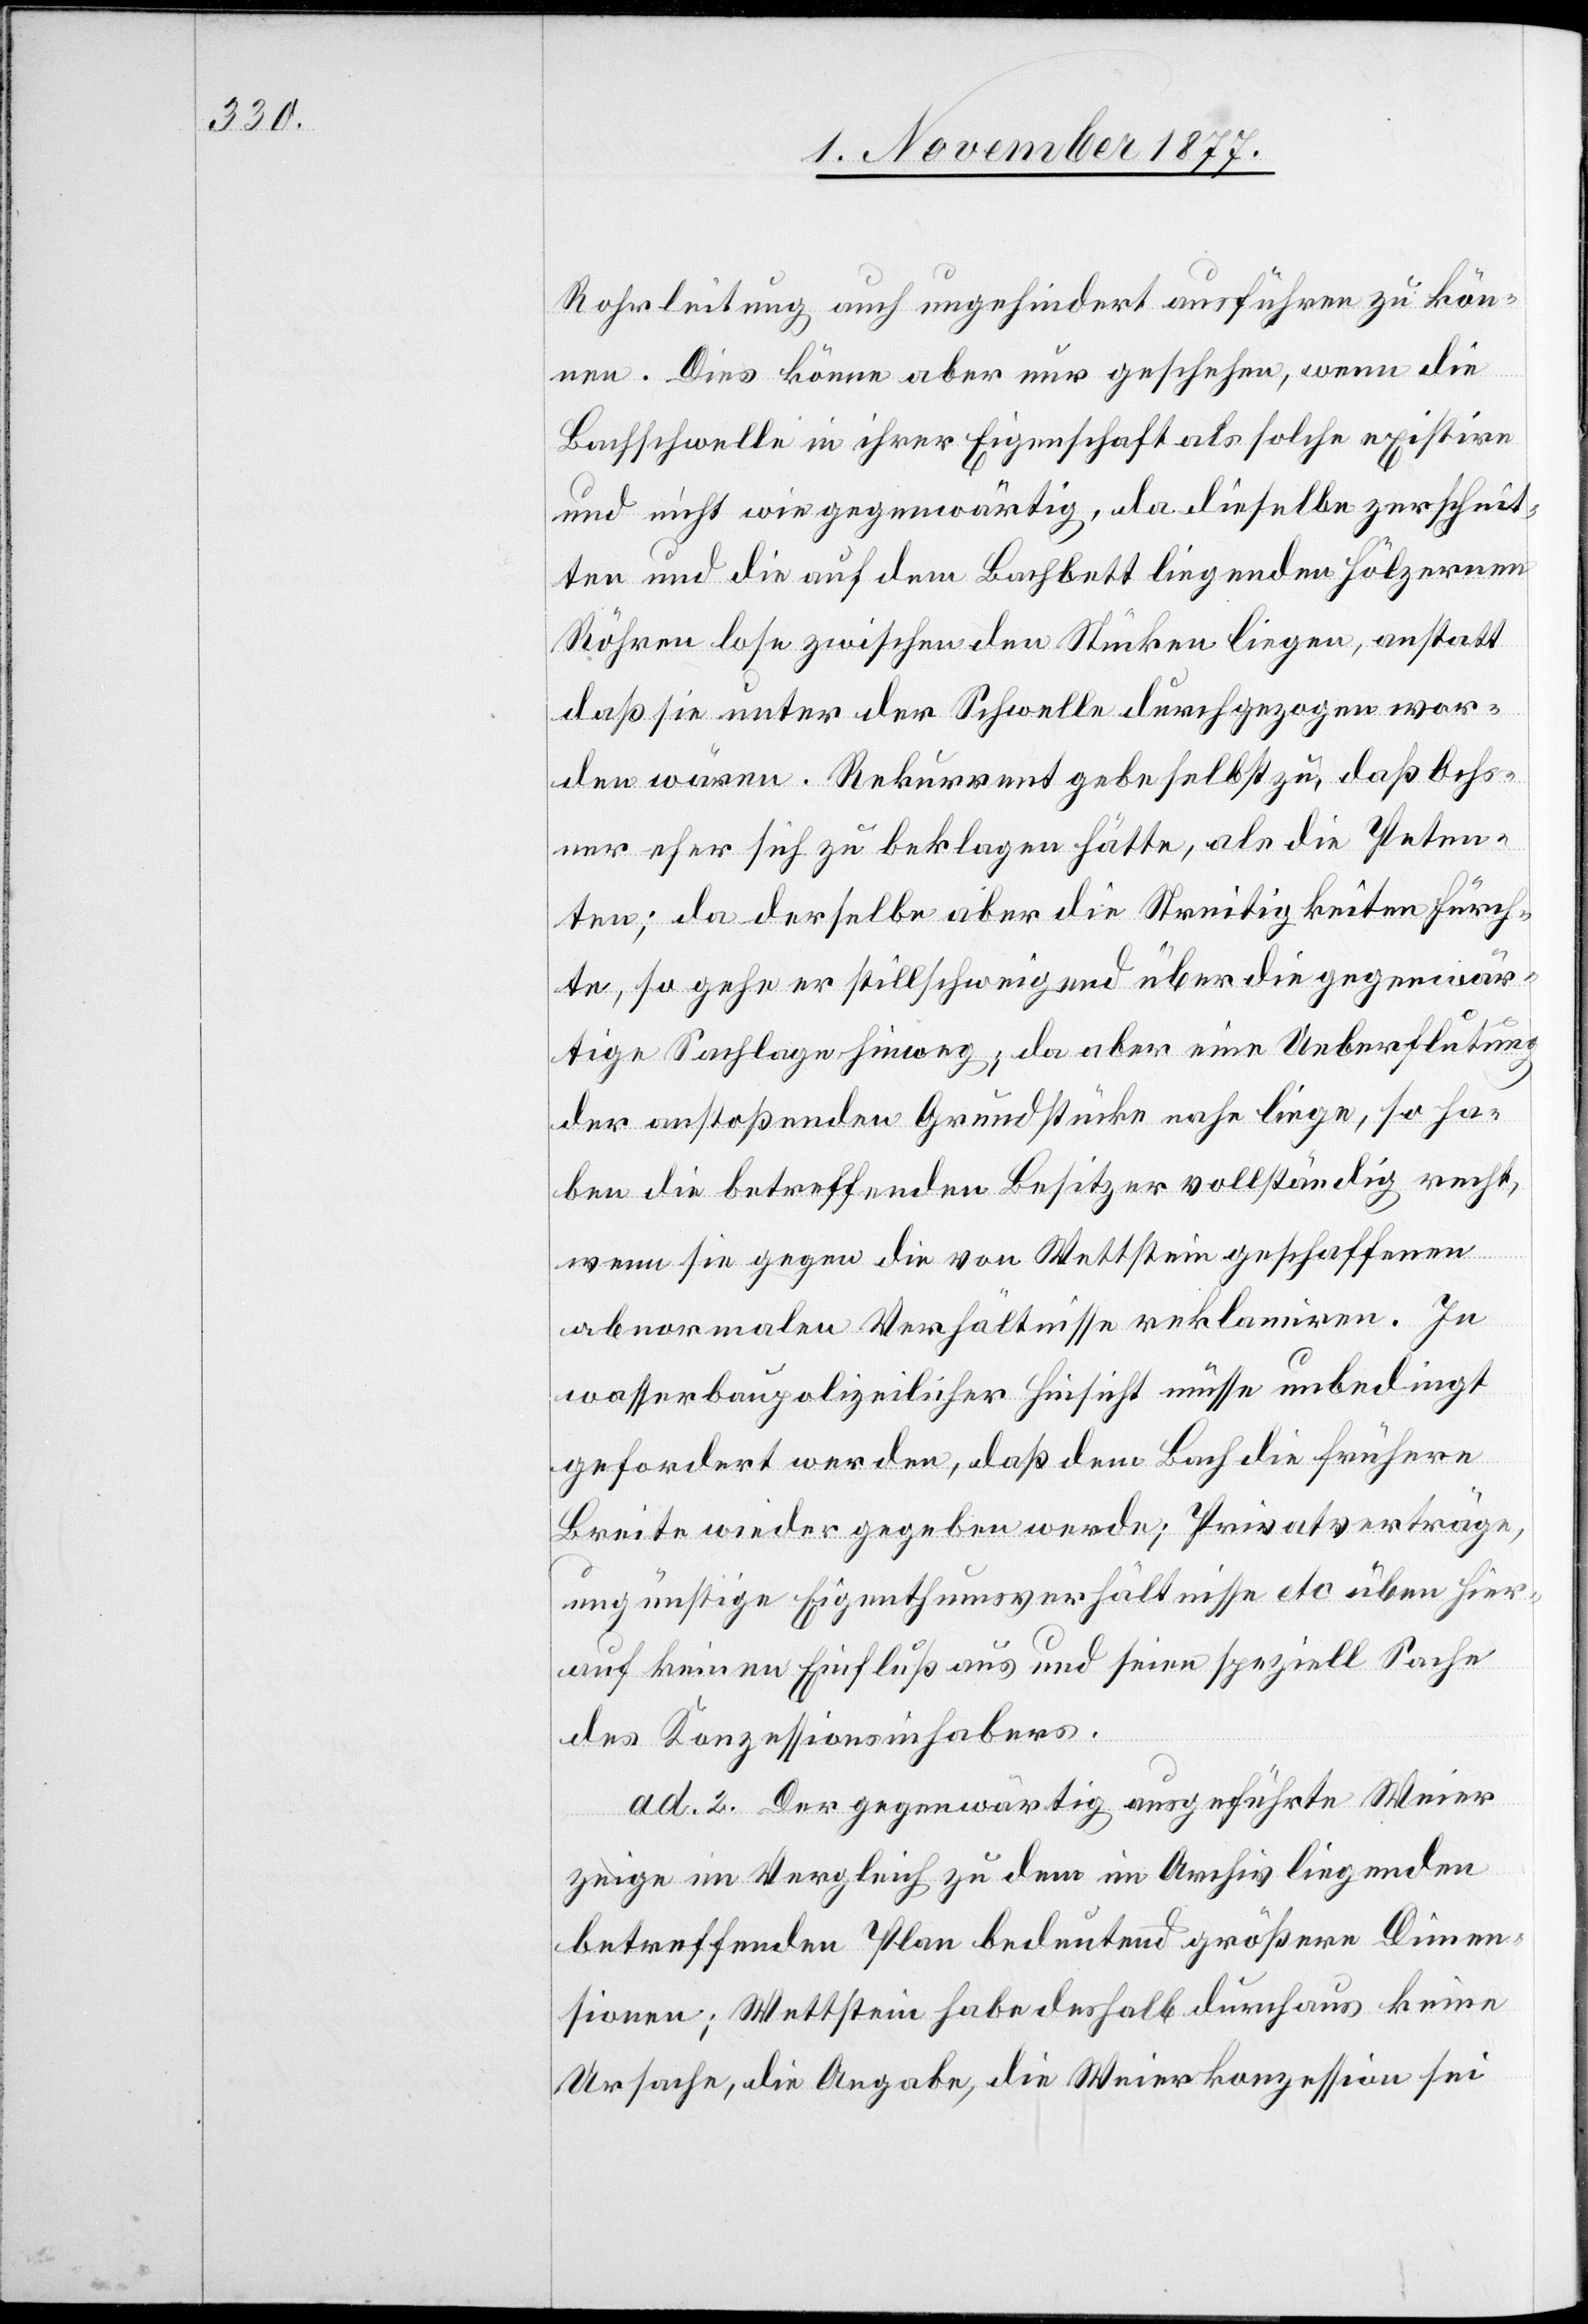
Rohrleitung auch ungehindert ausführen zu kön¬
nen. Dies könne aber nur geschehen, wenn die
Bachschwelle in ihrer Eigenschaft als solche existire
und nicht wie gegenwärtig, da dieselbe zerschnit¬
ten und die auf dem Bachbett liegenden hölzernen
Röhren lose zwischen den Stücken liegen, anstatt
daß sie unter der Schwelle durchgezogen wor¬
den wären. Rekurrent gebe selbst zu, daß Ochs¬
ner eher sich zu beklagen hätte, als die Peten¬
ten; da derselbe aber die Streitigkeiten fürch¬
te, so gehe er stillschweigend über die gegenwär¬
tige Sachlage hinweg; da aber eine Ueberflutung
der anstoßenden Grundstücke nahe liege, so ha¬
ben die betreffenden Besitzer vollständig recht,
wenn sie gegen die von Wettstein geschaffenen
abnormalen Verhältnisse reklamiren. In
wasserbaupolizeilicher Hinsicht müsse unbedingt
gefordert werden, daß dem Bach die frühere
Breite wieder gegeben werde; Privatverträge,
ungünstige Eigenthumsverhältnisse etc. üben hier¬
auf keinen Einfluß aus und seien speziell Sache
des Konzessionsinhabers.
ad 2. Der gegenwärtig ausgeführte Weier
zeige im Vergleich zu dem im Archiv liegenden
betreffenden Plan bedeutend größere Dimen¬
sionen; Wettstein habe deshalb durchaus keine
Ursache, die Angabe, die Weierkonzession sei